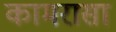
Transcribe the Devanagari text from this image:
कामरासा